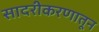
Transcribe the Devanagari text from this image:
सादरीकरणातून